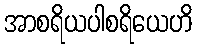
အာစရိယပါစရိယေဟိ